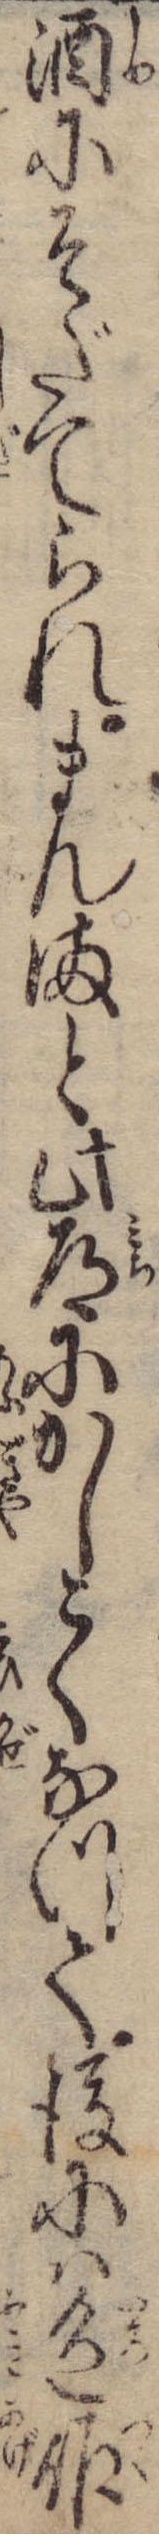
酒にそだてられまんまと此道にかしこくなつて後には色作